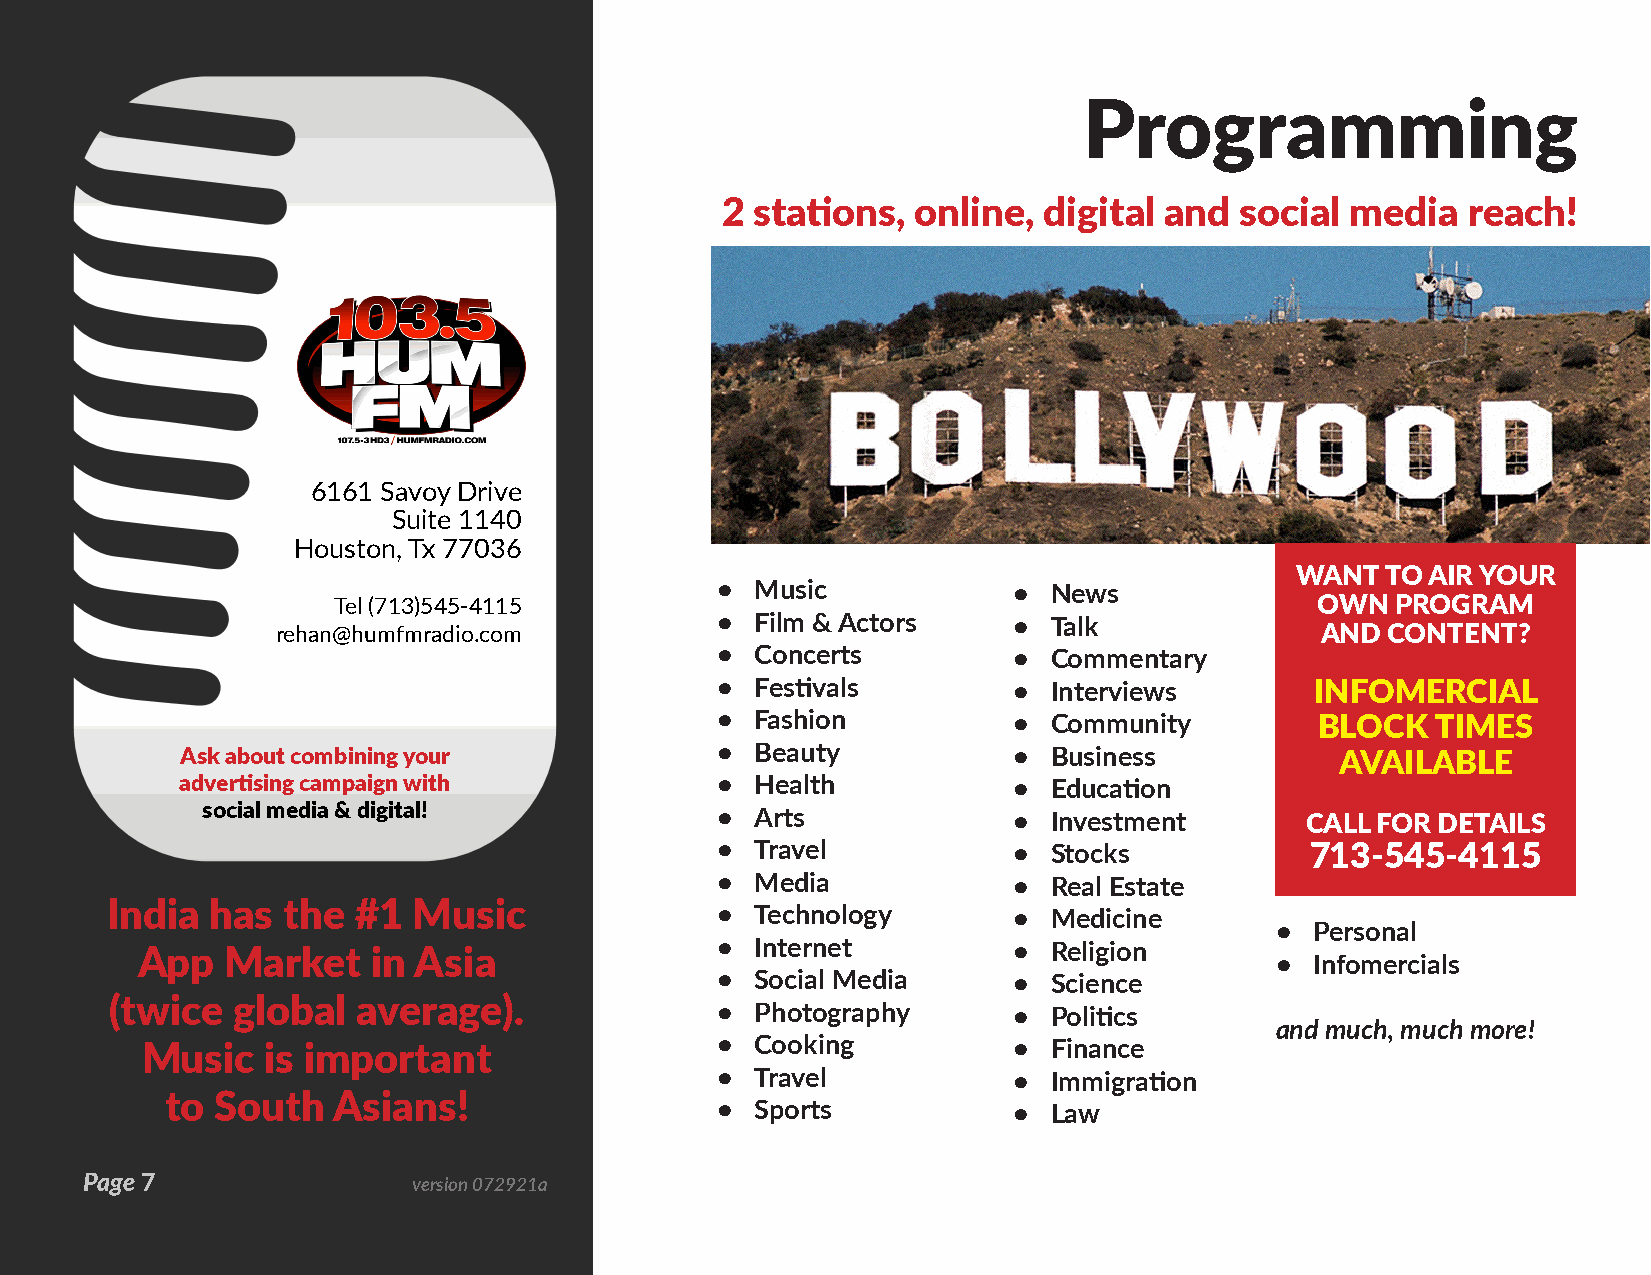
Programming
 2 stations,  online, digital and  social media   reach!
 6161 Savoy Drive
 Suite 1140
 Houston, Tx 77036
 WANT  TO AIR YOUR
 •  Music            •  News
 Tel (713)545-4115                                                OWN  PROGRAM
 •  Film & Actors    •  Talk
 rehan@humfmradio.com                                                 AND  CONTENT?
 •  Concerts         •  Commentary
 •  Festivals        •  Interviews       INFOMERCIAL
 •  Fashion          •  Community        BLOCK   TIMES
 Ask about combining your           •  Beauty           •  Business           AVAILABLE
 advertising campaign with          •  Health           •  Education
 social media & digital!           •  Arts             •  Investment      CALL FOR DETAILS
 •  Travel           •  Stocks           713-545-4115
 •  Media            •  Real Estate
 India  has  the  #1 Music               •  Technology       •  Medicine
 •  Personal
 •  Internet         •  Religion
 App   Market    in Asia
 •  Infomercials
 •  Social Media     •  Science
 (twice  global   average).
 •  Photography      •  Politics
 and much, much more!
 Music    is important                 •  Cooking          •  Finance
 •  Travel           •  Immigration
 to South   Asians!
 •  Sports           •  Law
 Page 7                version 072921a